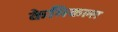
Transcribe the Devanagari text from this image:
केमिकल्‍स